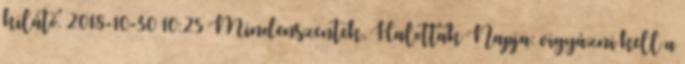
kilátó. 2018-10-30 10:25 Mindenszentek, Halottak Napja: vigyázni kell a